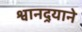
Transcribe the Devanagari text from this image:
श्वानदर्‍याने